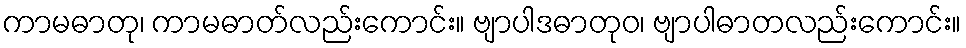
ကာမဓာတု၊ ကာမဓာတ်လည်းကောင်း။ ဗျာပါဒဓာတုဝ၊ ဗျာပါဓာတလည်းကောင်း။